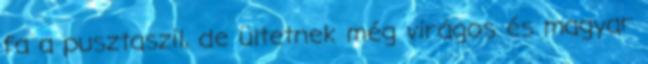
fa a pusztaszil, de ültetnek még virágos és magyar